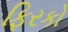
ફિરકો